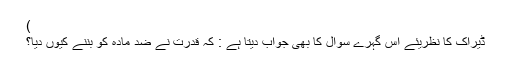
)
ڈیراک کا نظریئے اس گہرے سوال کا بھی جواب دیتا ہے : کہ قدرت نے ضد مادّہ کو بننے کیوں دیا؟